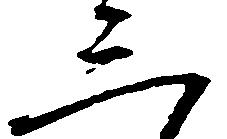
三